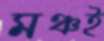
মঞ্চই